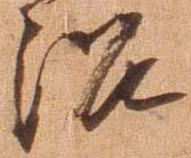
治